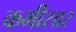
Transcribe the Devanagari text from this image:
कमीसार